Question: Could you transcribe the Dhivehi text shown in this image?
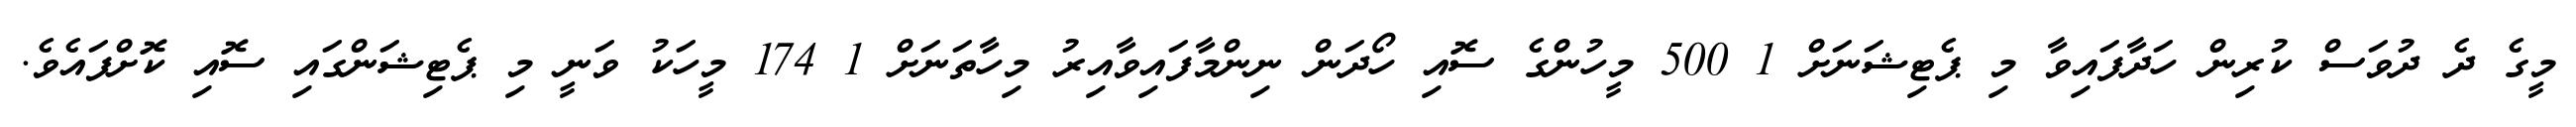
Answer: މީގެ ދެ ދުވަސް ކުރިން ހަދާފައިވާ މި ޕެޓިޝަނަށް 1 500 މީހުންގެ ސޮއި ހޯދަން ނިންމާފައިވާއިރު މިހާތަނަށް 1 174 މީހަކު ވަނީ މި ޕެޓިޝަންގައި ސޮއި ކޮށްފައެވެ.